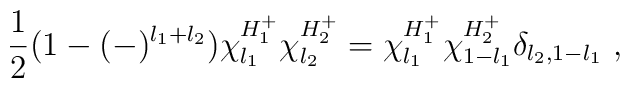
\frac{1}{2} (1-(-)^{l_1+l_2})\chi^{H^+_1}_{l_1}\chi^{H^+_2}_{l_2} =\chi^{H^+_1}_{l_1} \chi^{H^+_2}_{1-l_1}\delta_{l_2,1-l_1}\ ,